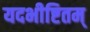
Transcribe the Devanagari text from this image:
यदभीष्टितम्